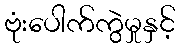
ဗုံးပေါက်ကွဲမှုနှင့်